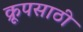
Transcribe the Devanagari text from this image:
क्रूपसाठी